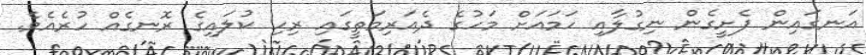
އަނގައިން ފެށީގެން ނިގުލާއި ހަމައަށް މަހުގެ ދެއަރިމަތީގައި ރިހި ކުލައިގެ ރޮނގެއް ހުރެއެވެ.